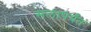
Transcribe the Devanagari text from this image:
सलापर्यंत